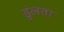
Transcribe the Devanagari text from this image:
डुलता